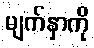
မျက်နှာကို